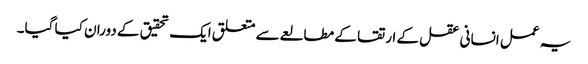
یہ عمل انسانی عقل کے ارتقا کے مطالعے سے متعلق ایک تحقیق کے دوران کیا گیا۔